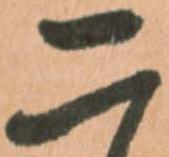
二